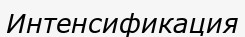
Интенсификация